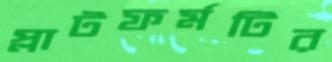
প্লাটফর্মটির